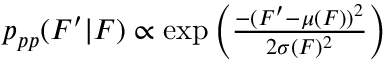
\begin{array} { r } { p _ { p p } ( F ^ { \prime } | F ) \propto \exp \left( \frac { - ( F ^ { \prime } - \mu ( F ) ) ^ { 2 } } { 2 \sigma ( F ) ^ { 2 } } \right) } \end{array}